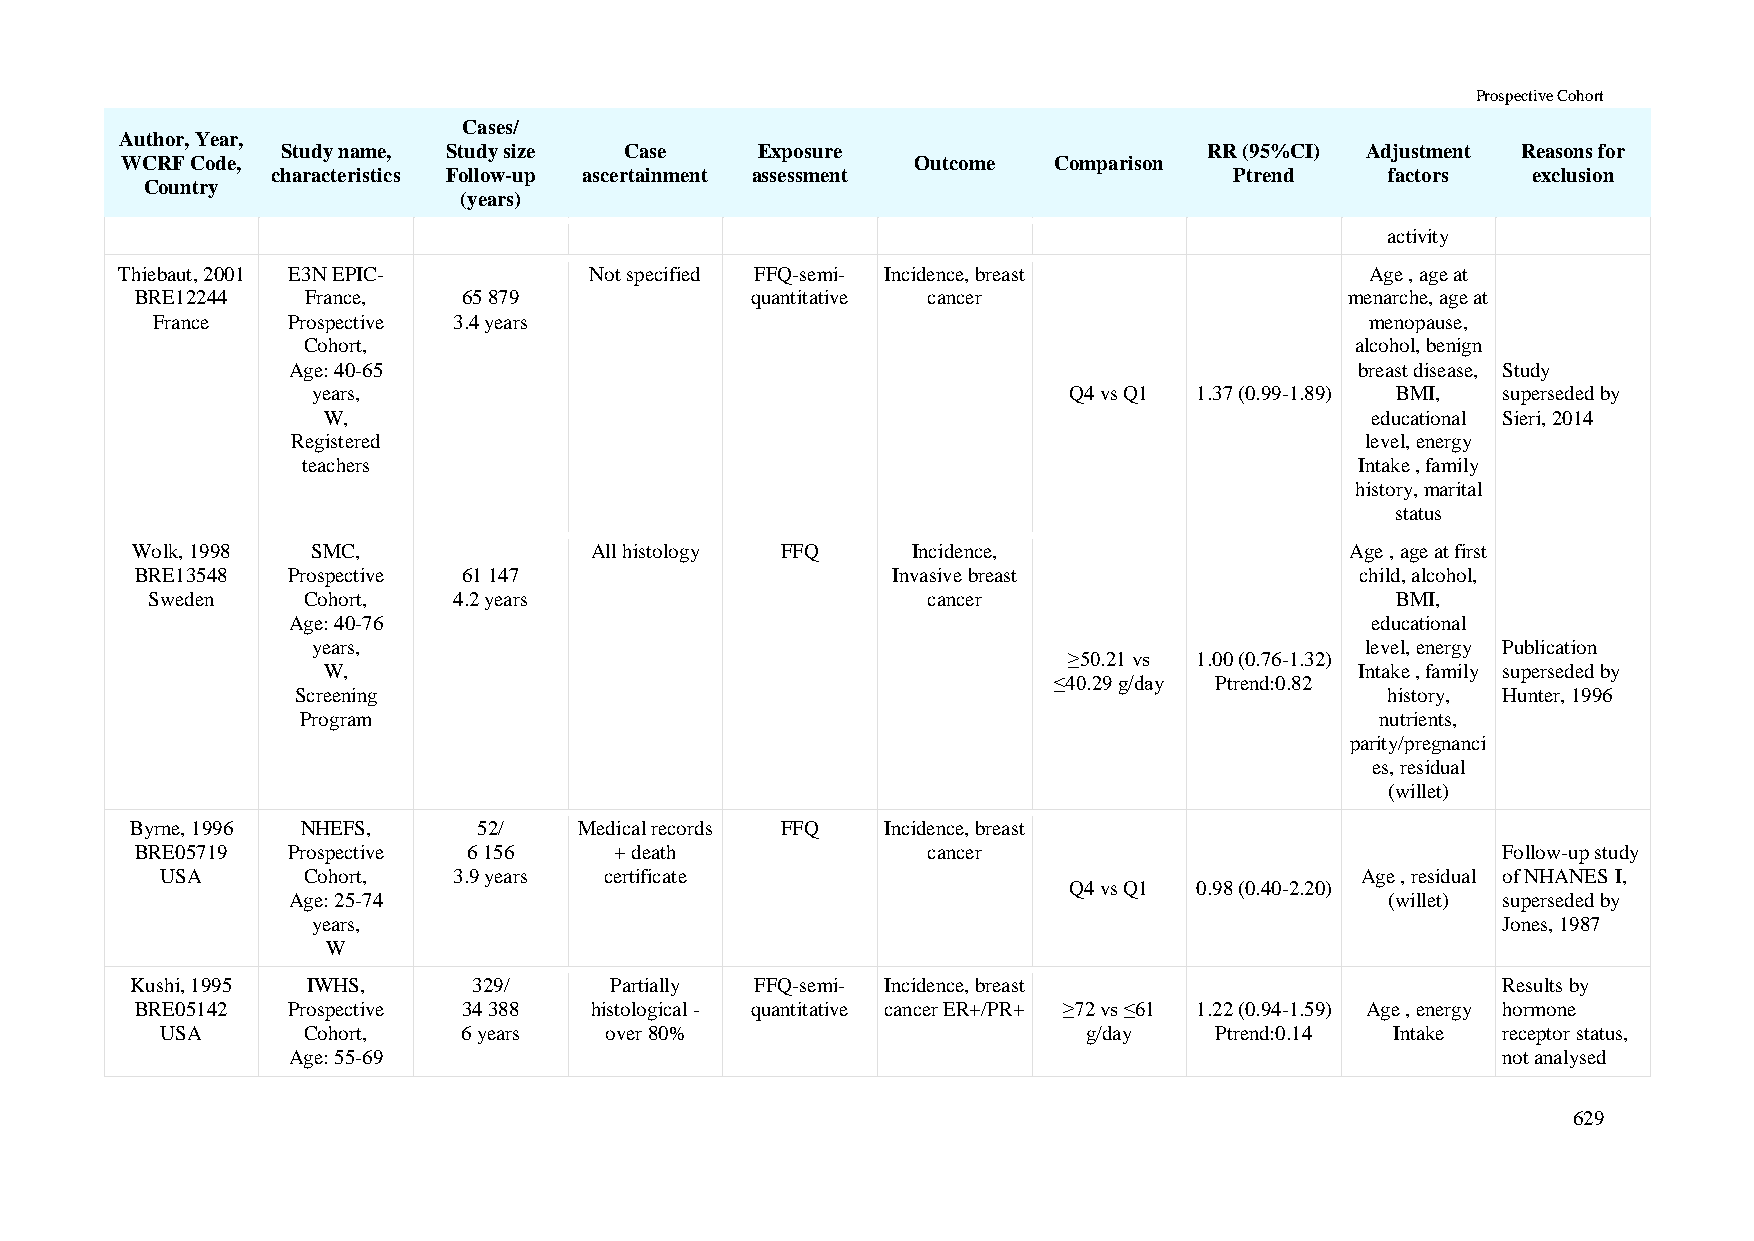
Prospective Cohort
 Cases/
 Author, Year,
 Study name, Study size Case    Exposure                      RR (95%CI) Adjustment Reasons for
 WCRF Code,                                           Outcome  Comparison
 characteristics Follow-up ascertainment assessment              Ptrend    factors  exclusion
 Country
 (years)
 activity
 Thiebaut, 2001 E3N EPIC-       Not specified FFQ-semi- Incidence, breast           Age , age at
 BRE12244   France,    65 879             quantitative cancer                    menarche, age at
 France   Prospective 3.4 years                                                   menopause,
 Cohort,                                                               alcohol, benign
 Age: 40-65                                                             breast disease, Study
 years,                                            Q4 vs Q1 1.37 (0.99-1.89) BMI, superseded by
 W,                                                                    educational Sieri, 2014
 Registered                                                             level, energy
 teachers                                                              Intake , family
 history, marital
 status
 Wolk, 1998  SMC,              All histology FFQ    Incidence,                   Age , age at first
 BRE13548  Prospective 61 147                      Invasive breast                child, alcohol,
 Sweden    Cohort,   4.2 years                      cancer                         BMI,
 Age: 40-76                                                              educational
 years,                                                               level, energy Publication
 ≥50.21 vs 1.00 (0.76-1.32)
 W,                                                                   Intake , family superseded by
 ≤40.29 g/day Ptrend:0.82
 Screening                                                               history, Hunter, 1996
 Program                                                                nutrients,
 parity/pregnanci
 es, residual
 (willet)
 Byrne, 1996 NHEFS,     52/   Medical records FFQ  Incidence, breast
 BRE05719  Prospective 6 156     + death             cancer                                Follow-up study
 USA      Cohort,   3.9 years certificate                                       Age , residual of NHANES I,
 Q4 vs Q1 0.98 (0.40-2.20)
 Age: 25-74                                                               (willet) superseded by
 years,                                                                        Jones, 1987
 W
 Kushi, 1995 IWHS,     329/     Partially FFQ-semi- Incidence, breast                      Results by
 BRE05142  Prospective 34 388  histological - quantitative cancer ER+/PR+ ≥72 vs ≤61 1.22 (0.94-1.59) Age , energy hormone
 USA      Cohort,    6 years  over 80%                        g/day   Ptrend:0.14 Intake receptor status,
 Age: 55-69                                                                      not analysed
 629